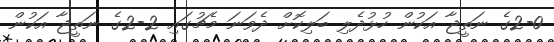
2-0ގެ ނަތީޖާ އަކުން ހުޅުދެލި ބަލިކޮށް ދެވަނަ މެޗުގައި 2-2ގެ ނަތީޖާ އަކުން